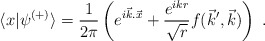
\begin{align*}\langle x|\psi^{(+)}\rangle=\frac{1}{2\pi}\left( e^{i\vec k.\vec x}+ \frac{e^{ikr}}{\sqrt{r}}f(\vec k',\vec k)\right)\;. \end{align*}